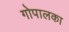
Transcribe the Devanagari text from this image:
गोपालका